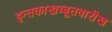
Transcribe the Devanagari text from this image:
इन्तकाखब्बूतवारीख